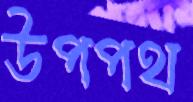
উপপথ